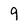
Character: 9